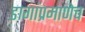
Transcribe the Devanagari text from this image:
डागांप्रमाणेच